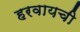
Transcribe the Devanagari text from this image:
हरवायची